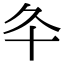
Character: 𠥾